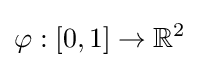
\varphi :[0,1]\to \mathbb {R} ^{2}